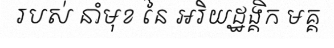
របស់ នាំមុខ នៃ អរិយដ្ឋង្គិក មគ្គ